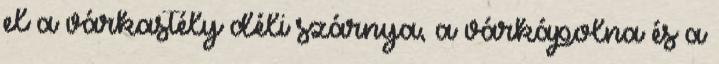
el a várkastély déli szárnya, a várkápolna és a